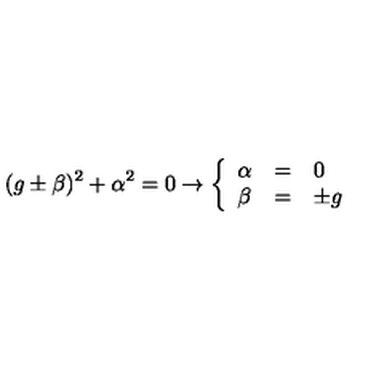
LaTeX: ( g \pm \beta ) ^ { 2 } + \alpha ^ { 2 } = 0 \rightarrow \left\{ \begin{array} { l c l } { \alpha } & { = } & { 0 } \\ { \beta } & { = } & { \pm g } \\ \end{array} \right.